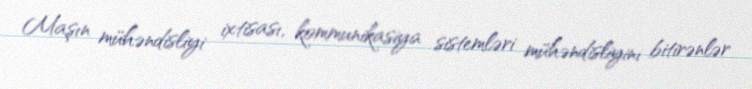
Maşın mühəndisliyi ixtisası, kommunikasiya sistemləri mühəndisliyini bitirənlər